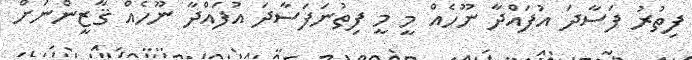
ފިތުރު ފަސާދަ އުފައްދާ ނޫހެއް މީ މީ ފިތުނަފަސާދަ އުފައްދާ ނޫހެއް ޤާޒީންނަށް